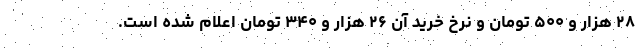
۲۸ هزار و ۵۰۰ تومان و نرخ خرید آن ۲۶ هزار و ۳۴۰ تومان اعلام شده است.